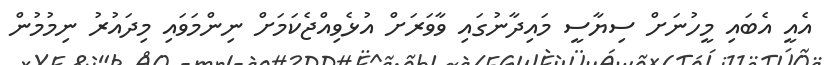
އެއީ އެބައި މީހުނަށް ސިޔާސީ މައިދާނުގައި ވާވަރަށް އުޅެވިއްޖެކަމަށް ނިންމަވައި މިދައުރު ނިމުމުން